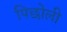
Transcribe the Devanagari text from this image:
पिछोली